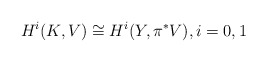
\begin{align*} H^i(K,V)\cong H^i(Y,\pi^*V), i=0,1\end{align*}